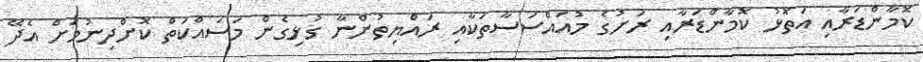
ކޮމާންޑަރާއި އަތޮޅު ކޮމާންޑަރާއި ރަށުގެ މުއައްސަސާތަކާއި ރައްޔިތުންނާ ގުޅިގެން މަސައްކަތް ކޮށްދިނުމަށް އެދޭ